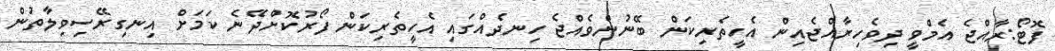
ފޮޓޯ:ރާއްޖެ އެމްވީ ދިވެހިރާއްޖެއިން އެހީތެރިކަން ބޭނުންވެއްޖެ ހިނދެއްގައި އެހީތެރިކަން ފޯރުކޮށްދޭނެ ކަމަށް އިނގިރޭސިވިލާތުން